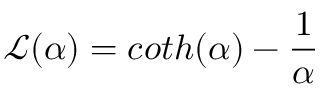
{ \mathcal { L } } ( \alpha ) = c o t h ( \alpha ) - { \frac { 1 } { \alpha } }